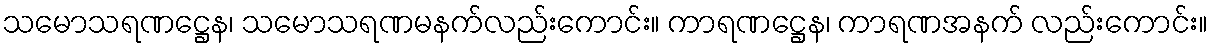
သမောသရဏဋ္ဌေန၊ သမောသရဏမနက်လည်းကောင်း။ ကာရဏဋ္ဌေန၊ ကာရဏအနက် လည်းကောင်း။